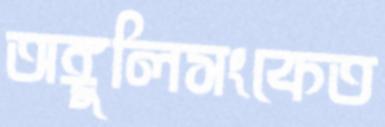
অঙ্গুলিসংকেত